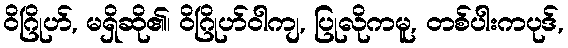
ဝိဂြိုဟ်, မရှိဆို၏၊ ဝိဂြိုဟ်ဝါကျ, ပြုလိုကမူ, တစ်ပါးကပုဒ်,